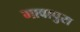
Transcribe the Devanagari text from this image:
मावापुरा